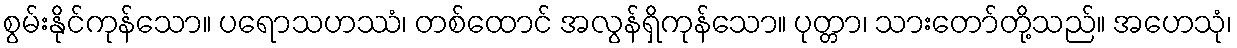
စွမ်းနိုင်ကုန်သော။ ပရောသဟဿံ၊ တစ်ထောင် အလွန်ရှိကုန်သော။ ပုတ္တာ၊ သားတော်တို့သည်။ အဟေသုံ၊